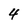
Character: 4